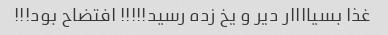
غذا بسیاااار دیر و یخ زده رسید!!!!! افتضاح بود!!!